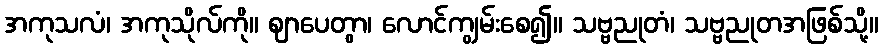
အကုသလံ၊ အကုသိုလ်ကို။ ဈာပေတွာ၊ လောင်ကျွမ်းစေ၍။ သဗ္ဗညုတံ၊ သဗ္ဗညုတအဖြစ်သို့။